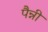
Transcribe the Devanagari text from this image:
पैन्नी